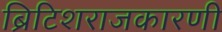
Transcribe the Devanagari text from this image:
ब्रिटिशराजकारणी